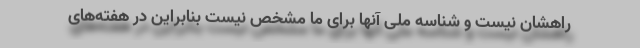
راهشان نیست و شناسه ملی آنها برای ما مشخص نیست بنابراین در هفته‌های